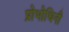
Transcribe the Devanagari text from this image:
प्रोभोधिनी